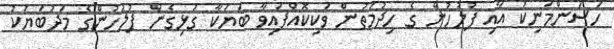
ހަސަންމަނިކު އާއި ފުލުހުން ގެ ހިދުމަތުން ވަކިކޮއްފައިވާ ބަޔަކާ ގުޅިގެން ފުލުހުންގެ މަދުބަޔަކު